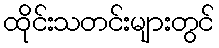
ထိုင်းသတင်းများတွင်